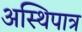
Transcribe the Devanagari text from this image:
अस्थिपात्र